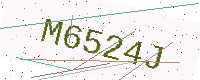
Text: M6524J